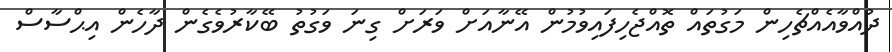
ދުއްވާއެއްޗެހިން މަގުތައް ތޮއްޖެހިފައިވުމުން އޭނާއަށް ވަރަށް ގިނަ ވަގުތު ބޭކާރުވެގެން ދާހެން އިޙްސާސް